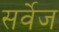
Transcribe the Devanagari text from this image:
सर्वेज